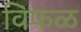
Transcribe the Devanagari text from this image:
विफळ